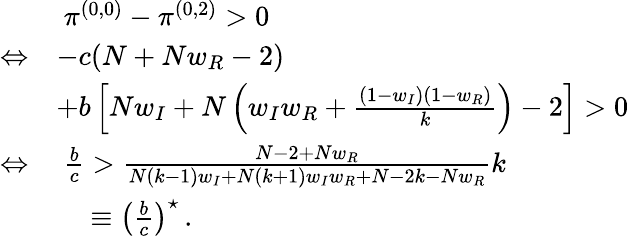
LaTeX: \begin{array}{rl}&{~\pi^{(0,0)}-\pi^{(0,2)}>0}\\ {\Leftrightarrow}&{-c(N+Nw_{R}-2)}\\ &{+b\left[Nw_{I}+N\left(w_{I}w_{R}+\frac{(1-w_{I})(1-w_{R})}{k}\right)-2\right]>0}\\ {\Leftrightarrow}&{~\frac{b}{c}>\frac{N-2+Nw_{R}}{N(k-1)w_{I}+N(k+1)w_{I}w_{R}+N-2k-Nw_{R}}k}\\ &{~~~\, \equiv\left(\frac{b}{c}\right)^{\star}\, .}\end{array}